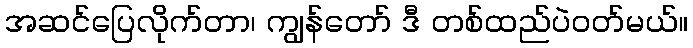
အဆင်ပြေလိုက်တာ၊ ကျွန်တော် ဒီ တစ်ထည်ပဲဝတ်မယ်။